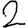
Digit: 2